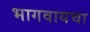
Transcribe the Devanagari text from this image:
भागवायचा